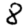
Digit: 8